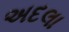
અદલા